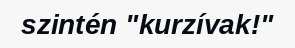
szintén "kurzívak!"